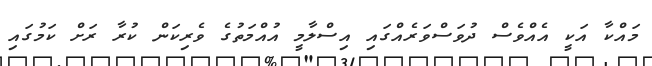
މައްކާ އަކީ އެއްވެސް ދުވަސްވަރެއްގައި އިސްލާމީ އުއްމަތުގެ ވެރިކަން ކުރާ ރަށް ކަމުގައި